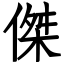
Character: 傑